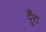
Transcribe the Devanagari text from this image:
दुँरा